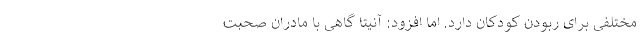
مختلفی برای ربودن کودکان دارد. اِما افزود: آنیتا گاهی با مادران صحبت